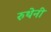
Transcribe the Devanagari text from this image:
रुथेनी